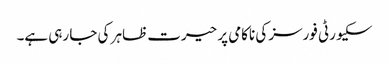
سکیورٹی فورسز کی ناکامی پر حیرت ظاہر کی جا رہی ہے۔